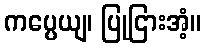
ကပ္ပေယျ၊ ပြုငြားအံ့။